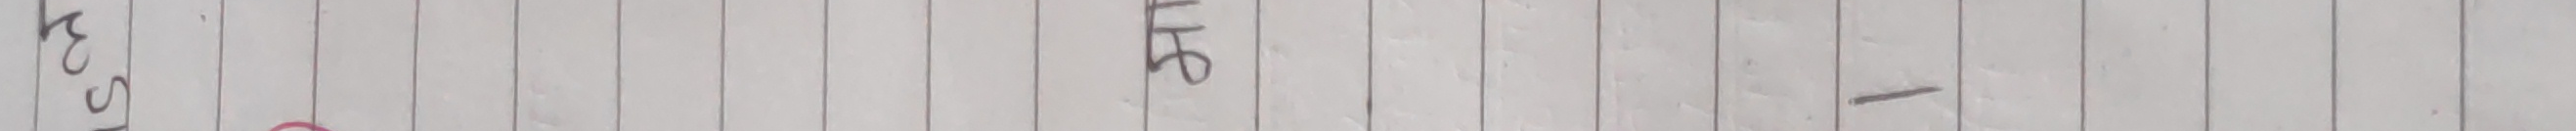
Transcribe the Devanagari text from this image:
३७० गम -